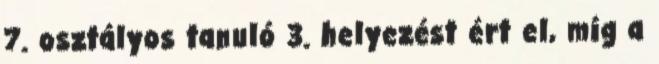
7. osztályos tanuló 3. helyezést ért el, míg a